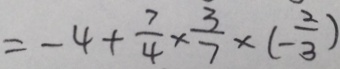
= - 4 + \frac { 7 } { 4 } \times \frac { 3 } { 7 } \times ( - \frac { 2 } { 3 } )